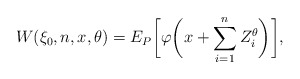
\begin{align*}W(\xi_0,n,x,\theta)=E_P\biggl[\varphi\biggl(x+\sum_{i=1}^{n} Z_i^\theta\biggr)\biggr],\end{align*}